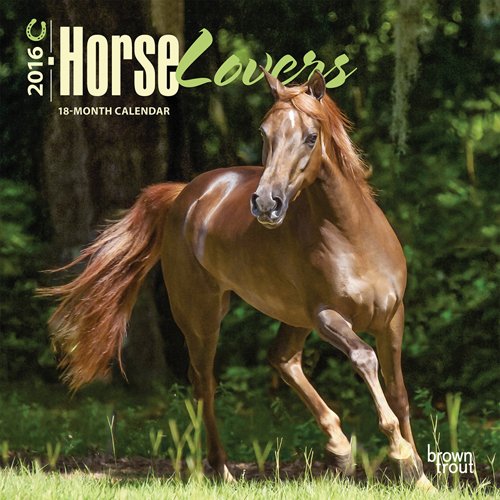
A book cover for Horse Lovers 2016 Mini 7x7; Browntrout Publishers; Calendars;